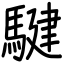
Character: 騝